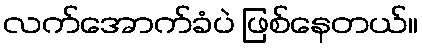
လက်အောက်ခံပဲ ဖြစ်နေတယ်။